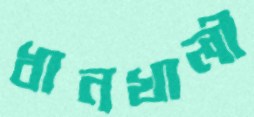
ধানখালী